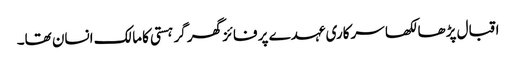
اقبال پڑھا لکھا سرکاری عہدے پر فائز گھر گر ہستی کامالک انسان تھا۔